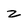
Character: z